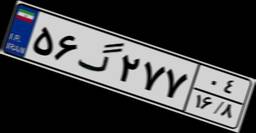
۵۶گ۲۷۷۰۴